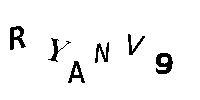
RYANV9